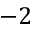
- 2